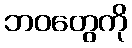
ဘဝတွေကို